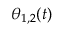
\theta _ { 1 , 2 } ( t )